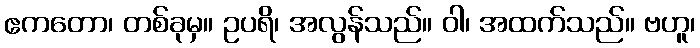
ဧကတော၊ တစ်ခုမှ။ ဥပရိ၊ အလွန်သည်။ ဝါ၊ အထက်သည်။ ဗဟူ၊